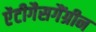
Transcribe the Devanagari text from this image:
ऐंटीगैसगैंग्रीन